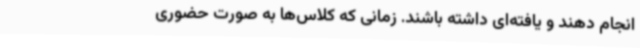
انجام دهند و یافته‌ای داشته باشند. زمانی که کلاس‌ها به صورت حضوری